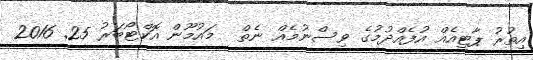
އިތުރު ޕާޓީއެއް އުފެއްދުމުގެ ވިސްނުމެއް ނެތް  މައުމޫން އޮކްޓޯބަރު 25